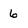
Character: 6